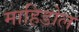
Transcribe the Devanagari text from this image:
माहिडोल